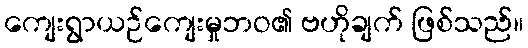
ကျေးရွာယဉ်ကျေးမှုဘဝ၏ ဗဟိုချက် ဖြစ်သည်။